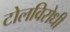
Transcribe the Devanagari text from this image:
टोलविरोधी